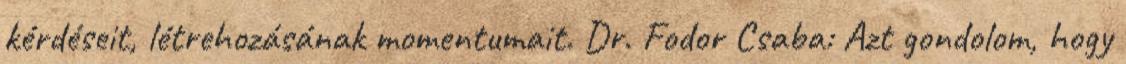
kérdéseit, létrehozásának momentumait. Dr. Fodor Csaba: Azt gondolom, hogy